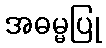
အဓမ္မပြု